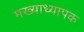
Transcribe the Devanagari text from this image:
मख्याध्यापक